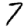
Digit: 7